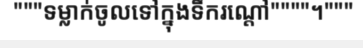
"""ទម្លាក់ចូលទៅក្នុងទឹករណ្តៅ""""។"""